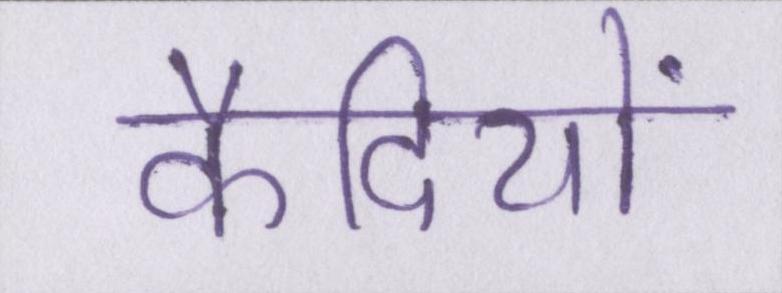
कैदियों